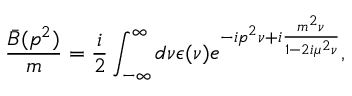
\frac { \bar { B } ( p ^ { 2 } ) } { m } = \frac { i } { 2 } \int _ { - \infty } ^ { \infty } d \nu \epsilon ( \nu ) e ^ { - i p ^ { 2 } \nu + i { \frac { m ^ { 2 } \nu } { 1 - 2 i \mu ^ { 2 } \nu } } } ,